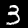
Label: 3